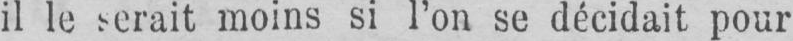
il le serait moins si l’on se décidait pour